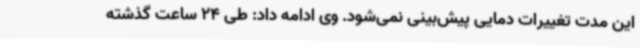
این مدت تغییرات دمایی پیش‌بینی نمی‌شود. وی ادامه داد: طی 24 ساعت گذشته